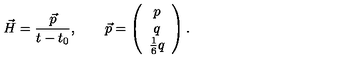
\vec { H } = \frac { \vec { p } } { t - t _ { 0 } } , \qquad \vec { p } = \left( \begin{array} { c } { p } \\ { q } \\ { \frac { 1 } { 6 } q } \\ \end{array} \right) .